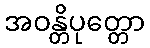
အဝန္တိပုတ္တော